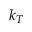
k _ { T }